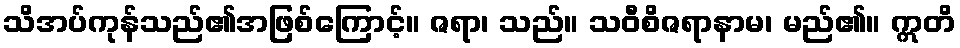
သိအပ်ကုန်သည်၏အဖြစ်ကြောင့်။ ဇရာ၊ သည်။ သဝီစိဇရာနာမ၊ မည်၏။ ဣတိ